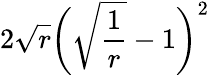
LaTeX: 2\sqrt{r}\bigg(\sqrt{\frac{1}{r}}-1\bigg)^{2}